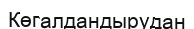
Көгалдандырудан